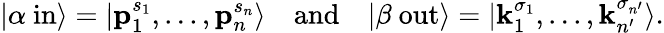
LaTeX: |\alpha\ \mathrm{in}\rangle=|{\textbf{p}}_{1}^{s_{1}},...,{\textbf{p}}_{n}^{s_{n}}\rangle\quad{\mathrm{and}}\quad|\beta\ \mathrm{out}\rangle=|{\textbf{k}}_{1}^{\sigma_{1}},...,{\textbf{k}}_{n^{\prime}}^{\sigma_{n^{\prime}}}\rangle.